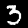
Label: 3